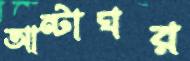
আন্টাঘর